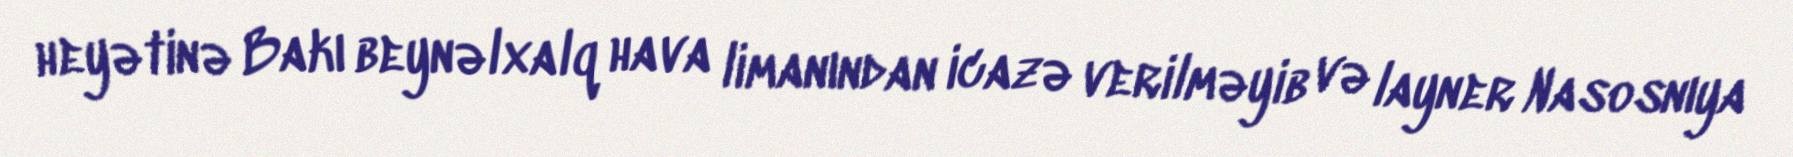
heyətinə Bakı beynəlxalq hava limanından icazə verilməyib və layner Nasosnıya